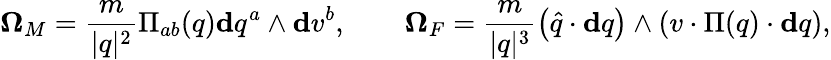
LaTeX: \mathbf{\Omega}_{M}=\frac{m}{\vert q\vert^{2}}\Pi_{ab}(q)\mathbf{d}q^{a}\wedge\mathbf{d}v^{b},\qquad\mathbf{\Omega}_{F}=\frac{m}{\vert q\vert^{3}}\left(\widehat{q}\cdot\mathbf{d}q\right)\wedge\left(v\cdot\Pi(q)\cdot\mathbf{d}q\right),